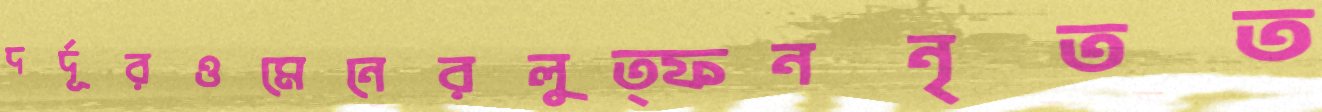
দর্দূরওমেনেরলুত্ফননৃতত